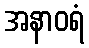
အနာဝရံ